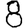
Digit: 8